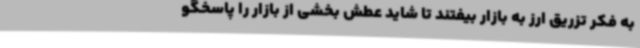
به فکر تزریق ارز به بازار بیفتند تا شاید عطش بخشی از بازار را پاسخگو